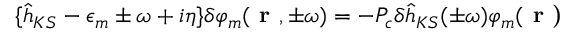
\lbrace \hat { h } _ { K S } - \epsilon _ { m } \pm \omega + i \eta \rbrace \delta \varphi _ { m } ( \textbf { r } , \pm \omega ) = - P _ { c } \delta \hat { h } _ { K S } ( \pm \omega ) \varphi _ { m } ( \textbf { r ) }